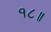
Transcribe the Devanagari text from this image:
१८॥